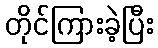
တိုင်ကြားခဲ့ပြီး